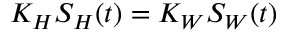
K _ { H } S _ { H } ( t ) = K _ { W } S _ { W } ( t )